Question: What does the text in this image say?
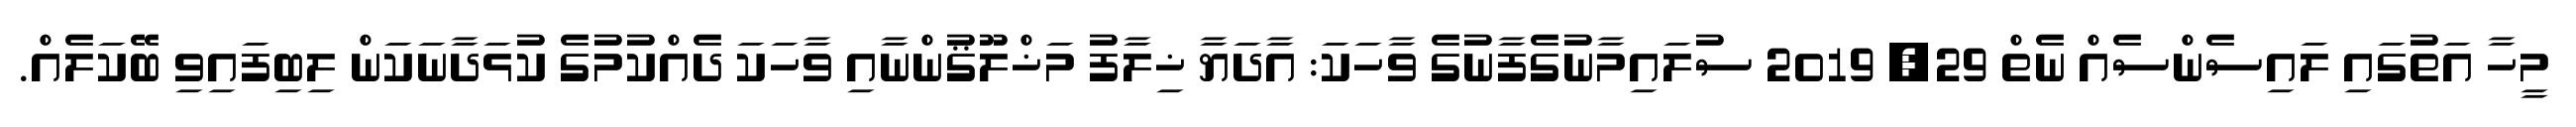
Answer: މީހާ އަތުގައި ލައިސެންސެއް ނެތް 29, 2019 ސުލައިމާނުގެފާނުގެ ވާހަކަ: އާދަޔާ ޚިލާފު މަޚްލޫޤުންނާއި ވާހަކަ ދެއްކުމުގެ ކުޅަދާނަކަން ލިބިފައިވި ބޭކަލެއް.